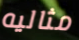
مثاليه